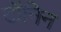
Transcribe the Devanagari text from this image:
टॉंनिन